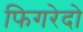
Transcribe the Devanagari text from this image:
फिगरेदो